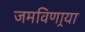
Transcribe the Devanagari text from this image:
जमविणार्‍या